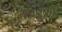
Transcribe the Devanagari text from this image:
बन्धुओँ